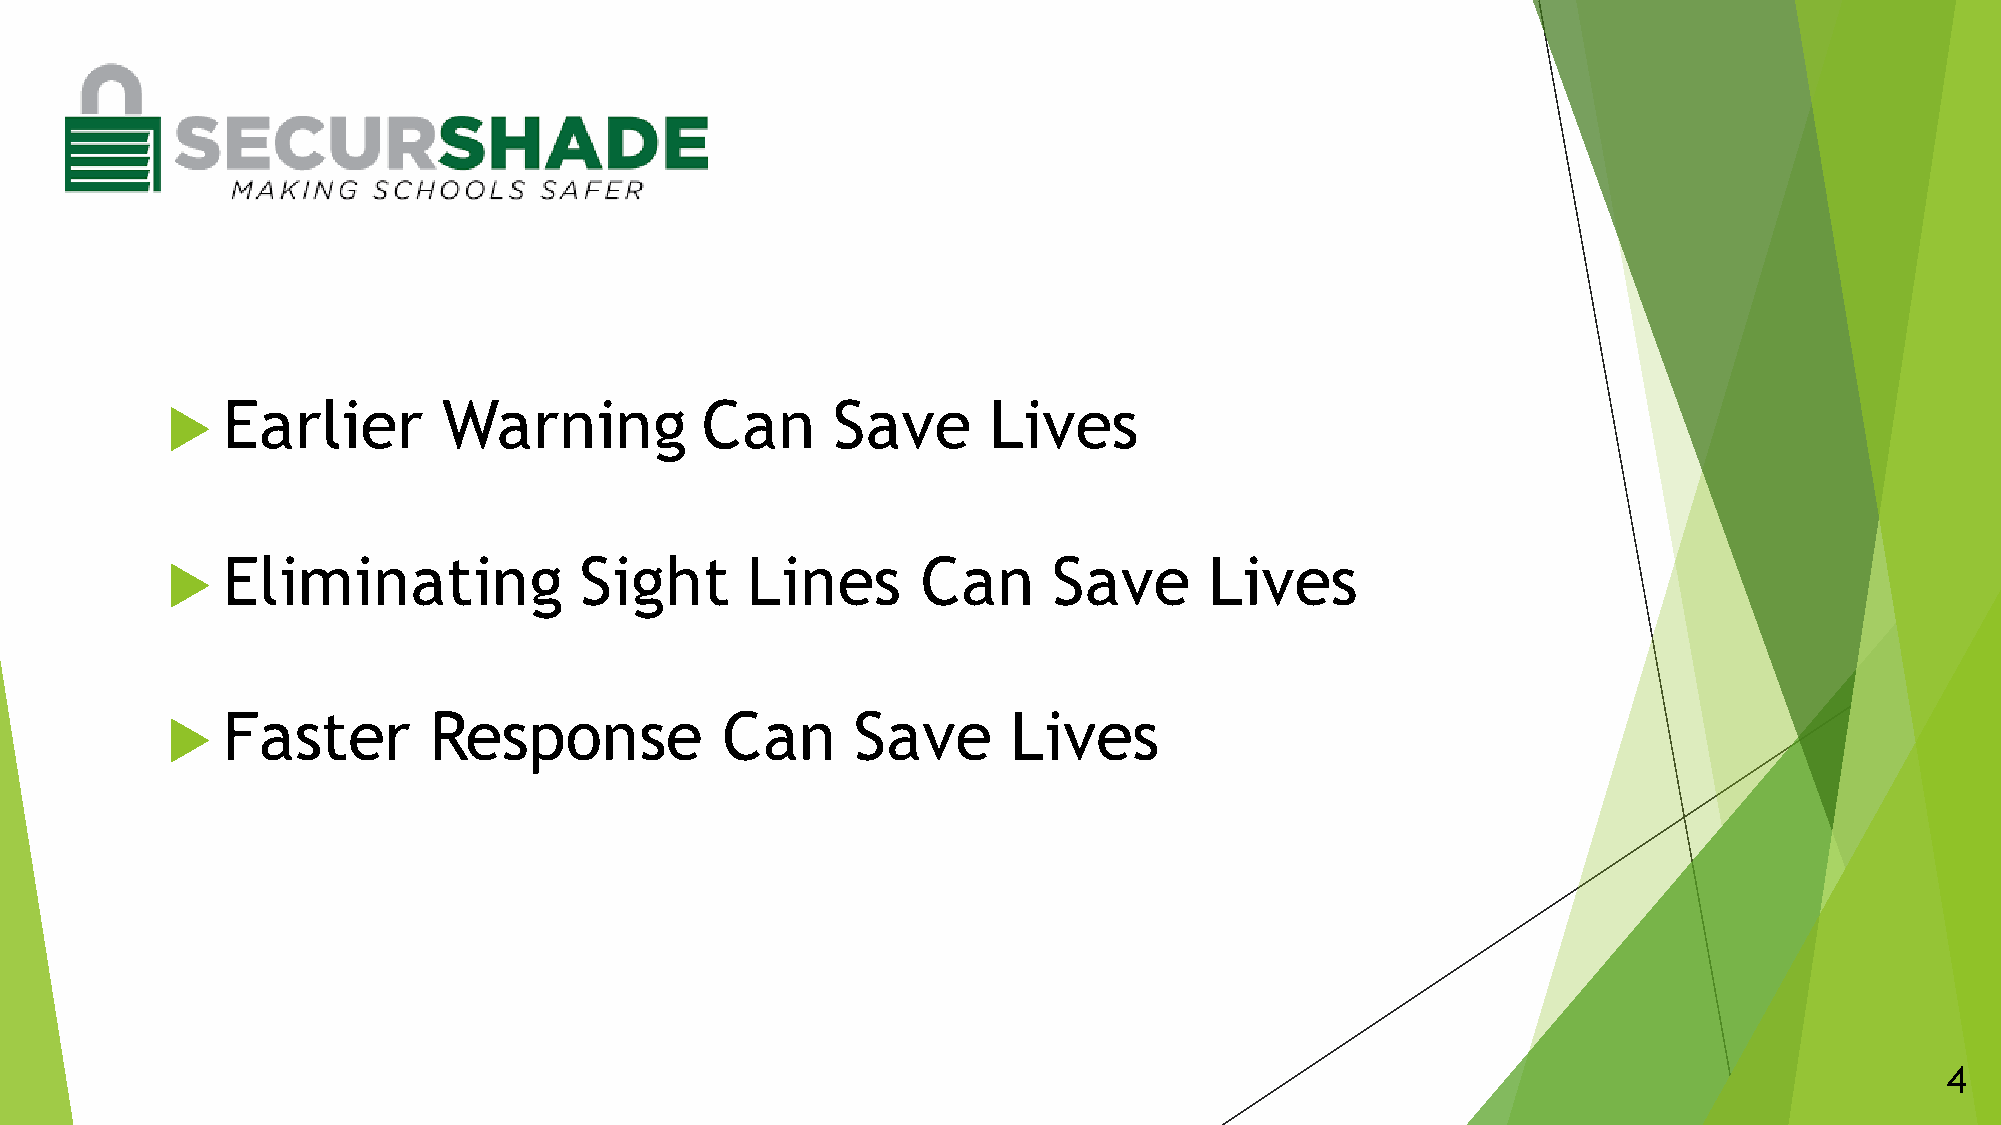
Earlier       Warning          Can      Save      Lives
 
 Eliminating            Sight      Lines       Can      Save      Lives
 
 Faster       Response            Can     Save       Lives
 
 4